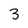
Character: 3